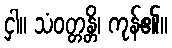
ငှါ။ သံဝတ္တန္တိ၊ ကုန်၏။